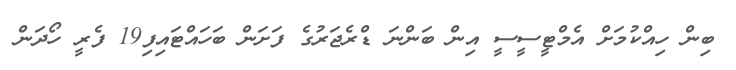
ބިން ހިއްކުމަށް އެމްޓީސީސީ އިން ބަންނަ ޑްރެޖަރުގެ ފަށަން ބަހައްޓައިފި19 ފެރީ ހޯދަން